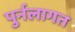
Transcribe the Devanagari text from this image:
पुर्नलागत